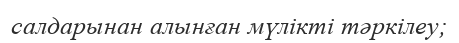
салдарынан алынған мүлікті тәркілеу;